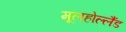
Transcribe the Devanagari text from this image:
मूलहोल्लैंड